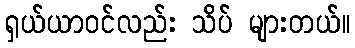
ရှယ်ယာဝင်လည်း သိပ် များတယ်။